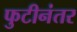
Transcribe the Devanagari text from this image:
फुटीनंतर